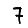
Digit: 7